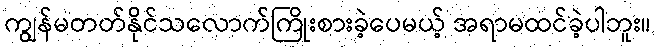
ကျွန်မတတ်နိုင်သလောက်ကြိုးစားခဲ့ပေမယ့် အရာမထင်ခဲ့ပါဘူး။